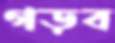
গড়ব